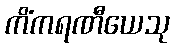
ကိံကရဏီယေသု